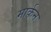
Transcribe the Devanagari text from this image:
मार्कन